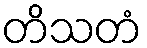
တိသတံ